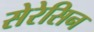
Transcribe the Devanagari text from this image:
सेरेसिन